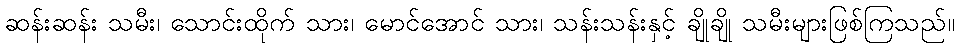
ဆန်းဆန်း သမီး၊ သောင်းထိုက် သား၊ မောင်အောင် သား၊ သန်းသန်းနှင့် ချိုချို သမီးများဖြစ်ကြသည်။